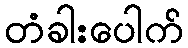
တံခါးပေါက်